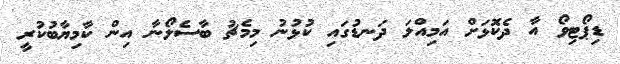
ޑިޕޯޓިވޯ އާ ދެކޮަޅަށް އަމިއްލަ ދަނޑުގައި ކުޅުނު މިމެޗު ބާސެލޯނާ އިން ކާމިޔާބުކުރީ